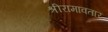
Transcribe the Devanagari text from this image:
श्रीरामावतार